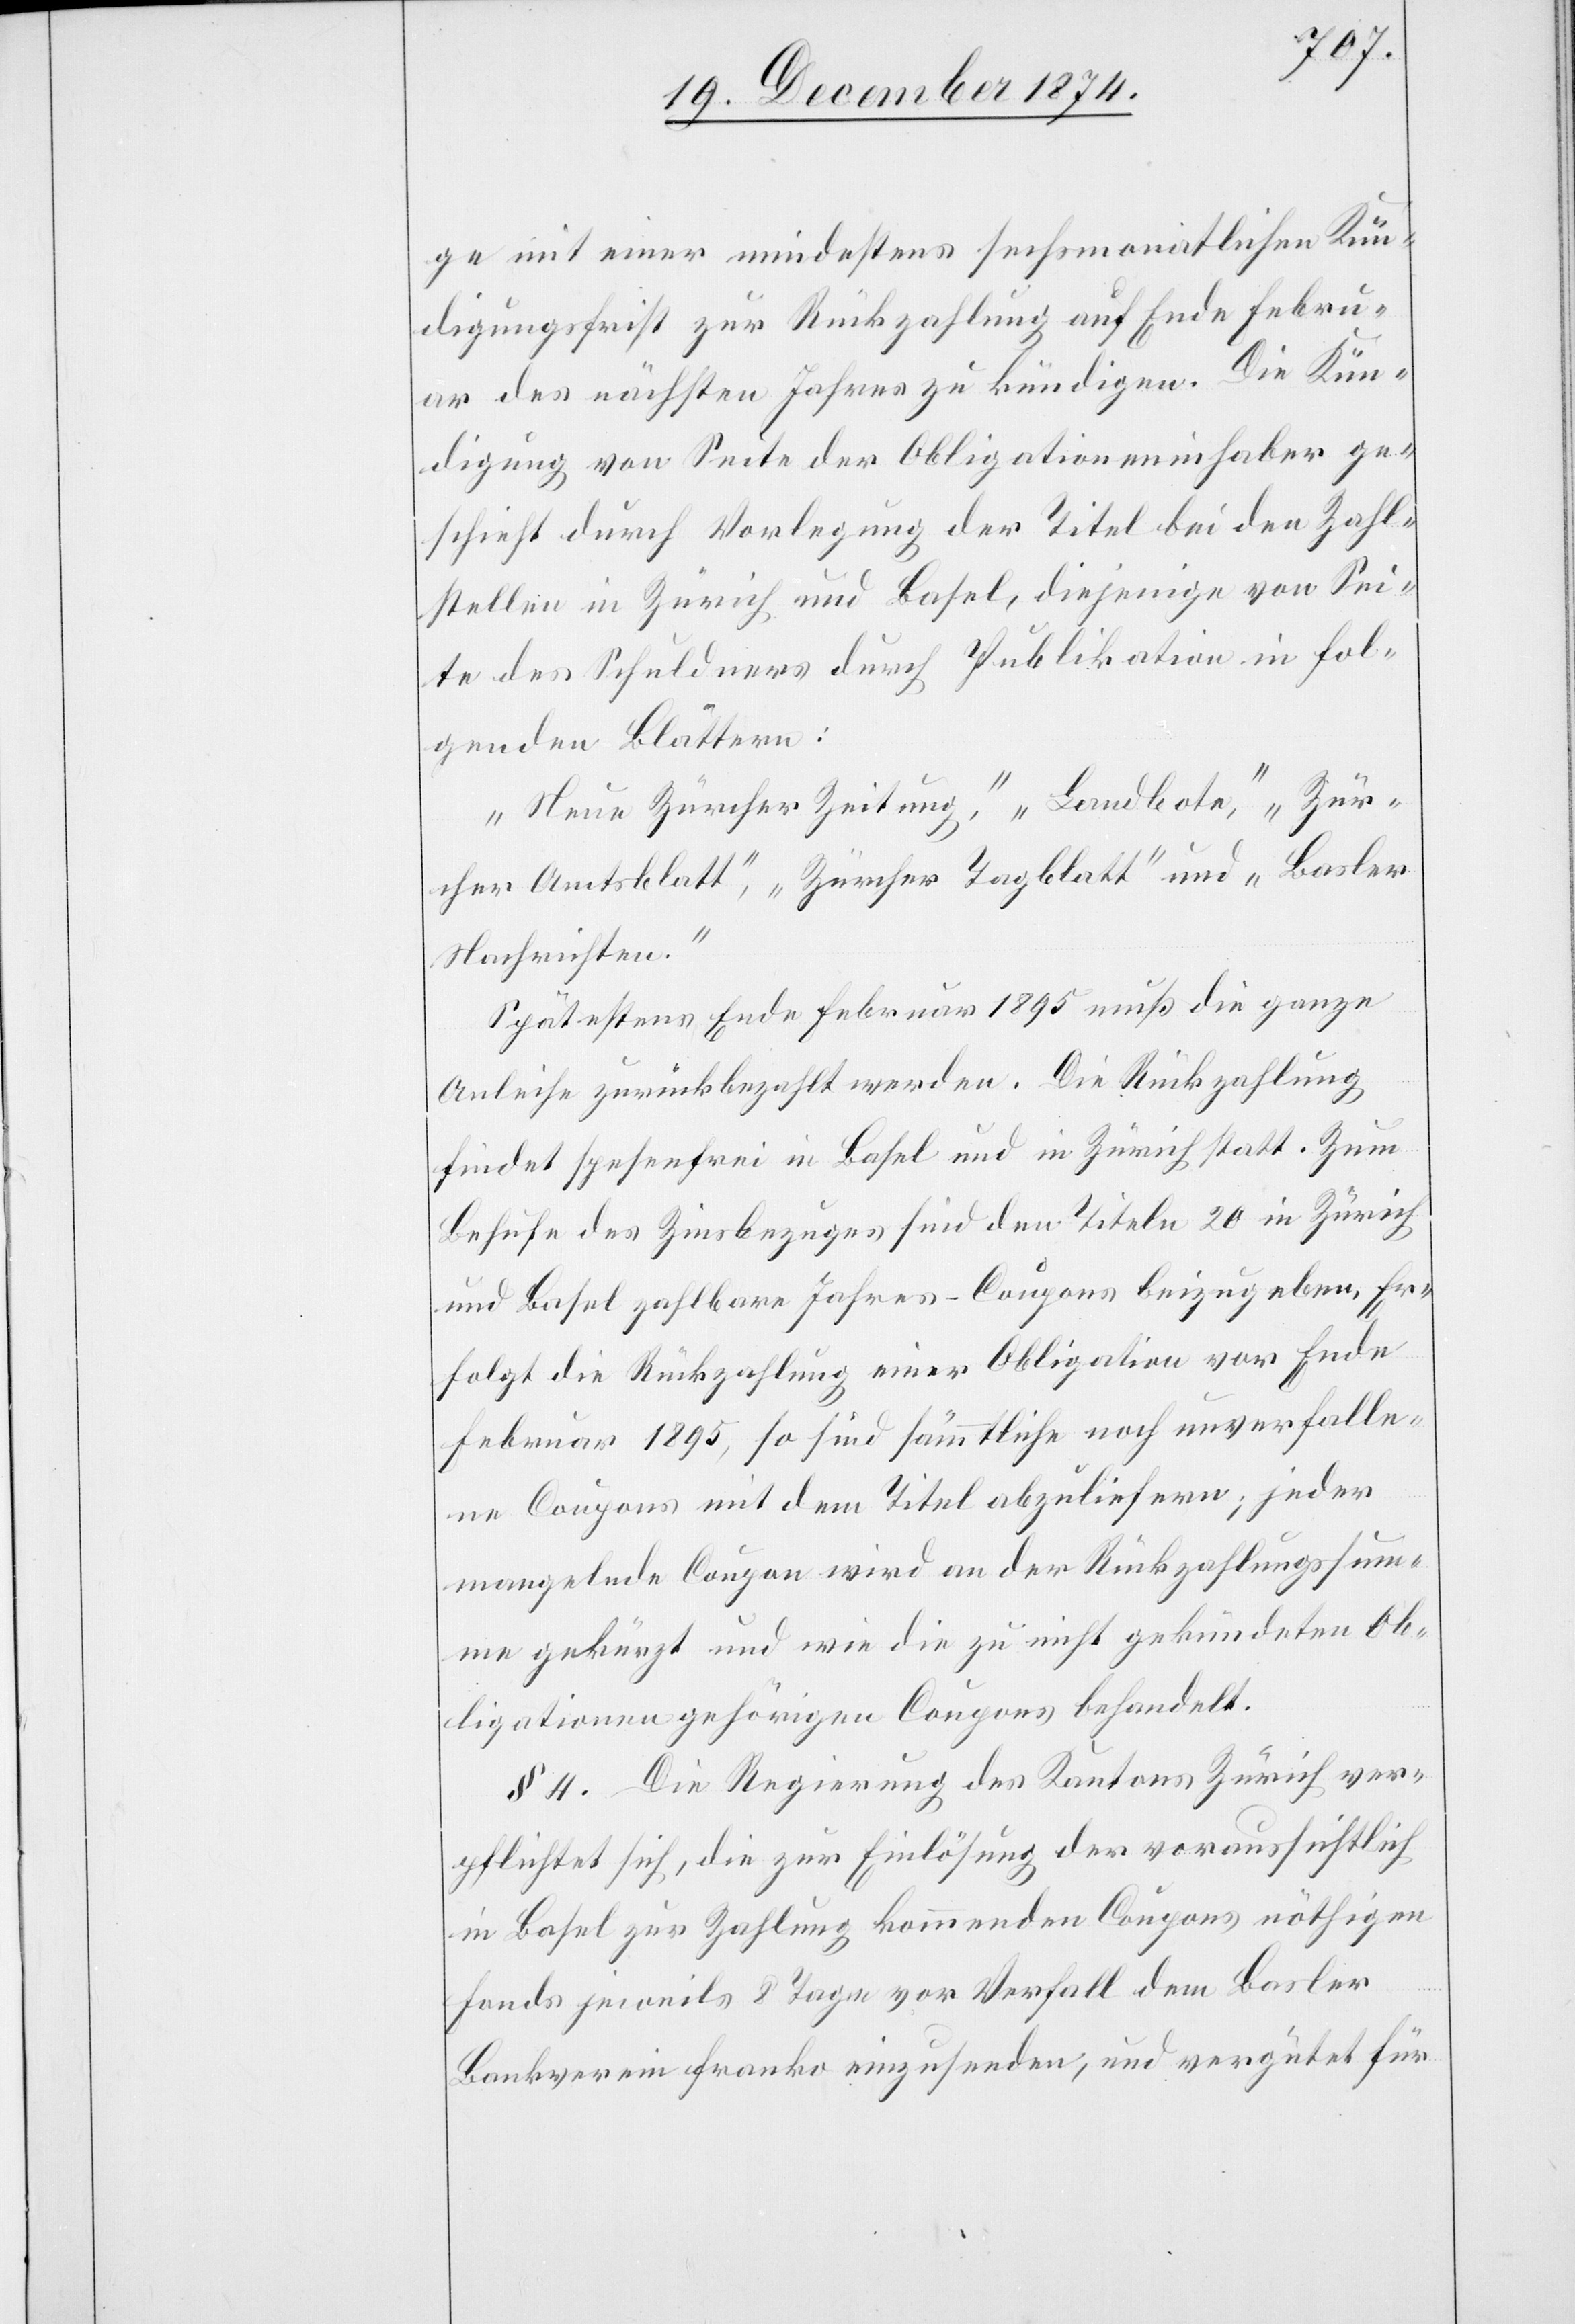
ge mit einer mindestens sechsmonatlichen Kün¬
digungsfrist zur Rückzahlung auf Ende Febru¬
ar des nächsten Jahres zu kündigen. Die Kün¬
digung von Seite der Obligationeninhaber ge¬
schieht durch Vorlegung der Titel bei den Zahl¬
stellen in Zürich und Basel, diejenige von Sei¬
te des Schuldners durch Publikation in fol¬
genden Blättern:
„Neue Zürcher Zeitung“, „Landbote“, „Zür¬
icher Amtsblatt“, „Zürcher Tagblatt“, und „Basler
Nachrichten“.
Spätestens Ende Februar 1895 muß die ganze
Anleihe zurückbezahlt werden. Die Rückzahlung
findet spesenfrei in Basel und in Zürich statt. Zum
Behufe des Zinsbezuges sind den Titeln 20 in Zürich
und Basel zahlbare Jahres-Coupons beizugeben. Er¬
folgt die Rückzahlung einer Obligation vor Ende
Februar 1895, so sind sämmtliche noch unverfalle¬
ne Coupons mit dem Titel abzuliefern; jeder
mangelnde Coupon wird an der Rückzahlungssum¬
me gekürzt und wie die zu nicht gekündeten Ob¬
ligationen gehörigen Coupons behandelt.
§ 4. Die Regierung des Kantons Zürich ver¬
pflichtet sich, die zur Einlösung der voraussichtlich
in Basel zur Zahlung kommenden Coupons nöthigen
Fonds jeweils 8 Tage vor Verfall dem Basler
Bankverein franko einzusenden, und vergütet für